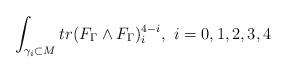
LaTeX: \begin{align*}\int_{\gamma_{i}\subset M} tr(F_{\Gamma}\wedge F_{\Gamma})_{i}^{4-i}, \,\, i=0,1,2,3,4\end{align*}